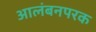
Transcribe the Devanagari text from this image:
आलंबनपरक